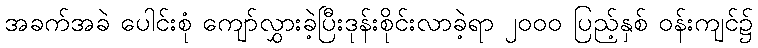
အခက်အခဲ ပေါင်းစုံ ကျော်လွှားခဲ့ပြီးဒုန်းစိုင်းလာခဲ့ရာ ၂၀၀၀ ပြည့်နှစ် ဝန်းကျင်၌